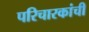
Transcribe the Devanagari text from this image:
परिचारकांची